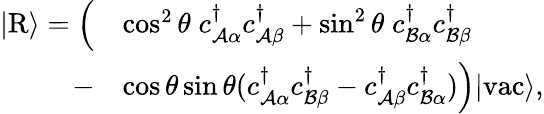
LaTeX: \begin{array}{rl}{\vert\mathrm{R}\rangle=\Big(}&{\cos^{2}\theta\; {c}_{\mathcal{A}\alpha}^{\dagger}{c}_{\mathcal{A}\beta}^{\dagger}+\sin^{2}\theta\; {c}_{\mathcal{B}\alpha}^{\dagger}{c}_{\mathcal{B}\beta}^{\dagger}}\\ {-}&{\cos\theta\sin\theta({c}_{\mathcal{A}\alpha}^{\dagger}{c}_{\mathcal{B}\beta}^{\dagger}-{c}_{\mathcal{A}\beta}^{\dagger}{c}_{\mathcal{B}\alpha}^{\dagger})\Big)\vert\mathrm{vac}\rangle,}\end{array}